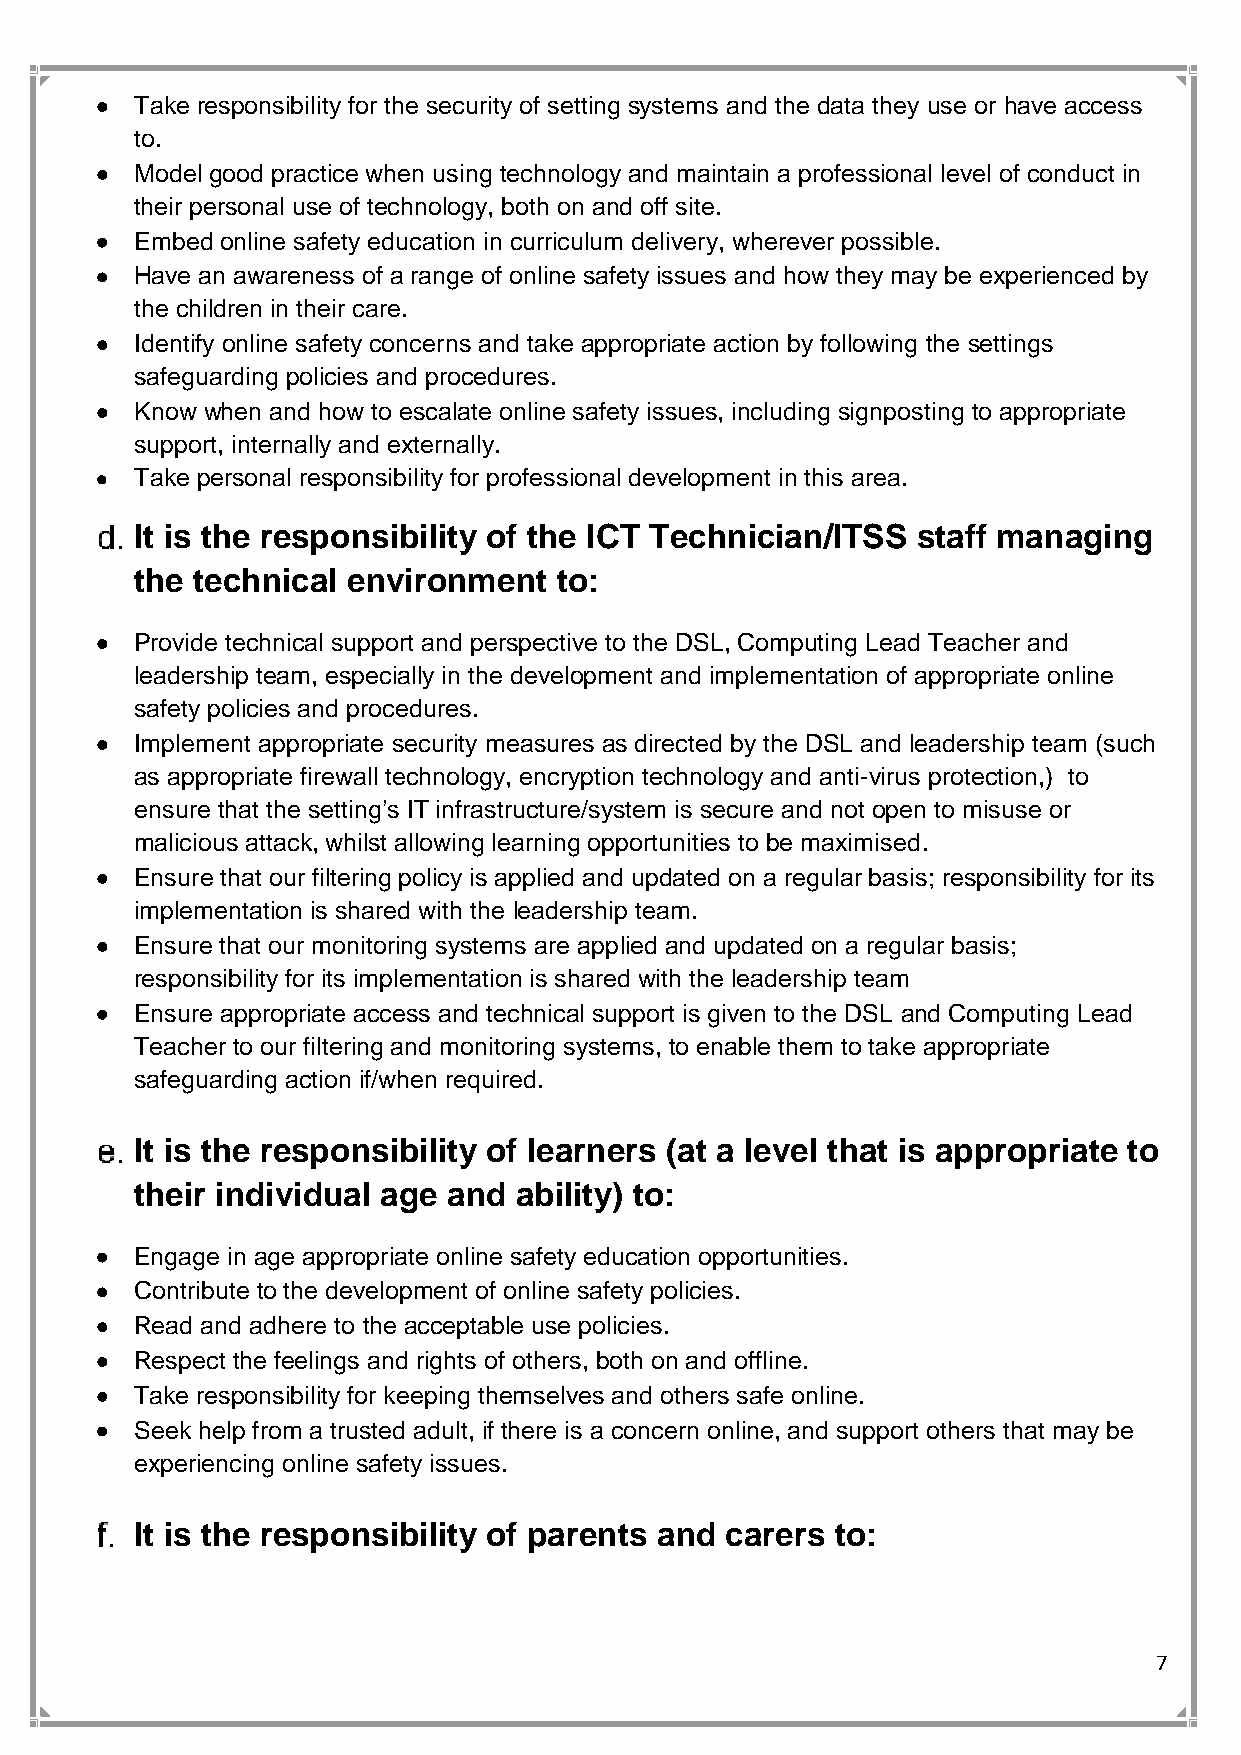
•  Take responsibility for the security of setting systems and the data they use or have access
 to.
 •  Model good practice when using technology and maintain a professional level of conduct in
 their personal use of technology, both on and off site.
 •  Embed online safety education in curriculum delivery, wherever possible.
 •  Have an awareness of a range of online safety issues and how they may be experienced by
 the children in their care.
 •  Identify online safety concerns and take appropriate action by following the settings
 safeguarding policies and procedures.
 •  Know when and how to escalate online safety issues, including signposting to appropriate
 support, internally and externally.
 •  Take personal responsibility for professional development in this area.
 It is the responsibility of the ICT Technician/ITSS staff managing
 the technical environment   to:
 •  Provide technical support and perspective to the DSL, Computing Lead Teacher and
 leadership team, especially in the development and implementation of appropriate online
 safety policies and procedures.
 •  Implement appropriate security measures as directed by the DSL and leadership team (such
 as appropriate firewall technology, encryption technology and anti-virus protection,) to
 ensure that the setting’s IT infrastructure/system is secure and not open to misuse or
 malicious attack, whilst allowing learning opportunities to be maximised.
 •  Ensure that our filtering policy is applied and updated on a regular basis; responsibility for its
 implementation is shared with the leadership team.
 •  Ensure that our monitoring systems are applied and updated on a regular basis;
 responsibility for its implementation is shared with the leadership team
 •  Ensure appropriate access and technical support is given to the DSL and Computing Lead
 Teacher to our filtering and monitoring systems, to enable them to take appropriate
 safeguarding action if/when required.
 It is the responsibility of learners (at a level that is appropriate to
 their individual age and ability) to:
 •  Engage in age appropriate online safety education opportunities.
 •  Contribute to the development of online safety policies.
 •  Read and adhere to the acceptable use policies.
 •  Respect the feelings and rights of others, both on and offline.
 •  Take responsibility for keeping themselves and others safe online.
 •  Seek help from a trusted adult, if there is a concern online, and support others that may be
 experiencing online safety issues.
 It is the responsibility of parents and carers to:
 7